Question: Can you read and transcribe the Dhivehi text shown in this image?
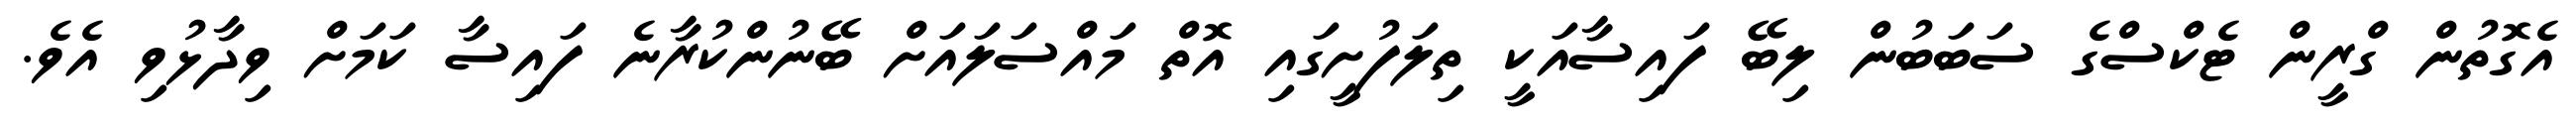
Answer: އެގޮތުން ގްރީން ޓެކްސްގެ ސަބަބުން ލިބޭ ފައިސާއަކީ ތިލަފުށީގައި އޮތް މައްސަލައަށް ބޭނުންކުރާނެ ފައިސާ ކަމަށް ވިދާޅުވި އެވެ.